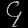
Digit: ၄